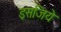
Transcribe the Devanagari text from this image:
इसजिये